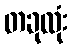
တခုလုံး